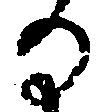
る